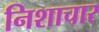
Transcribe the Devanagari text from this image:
निशाचार